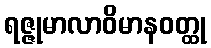
ရဇ္ဇုမာလာဝိမာနဝတ္ထု